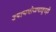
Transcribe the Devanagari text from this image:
उपाययोजनातूनही